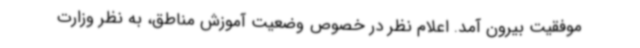
موفقیت بیرون آمد. اعلام نظر در خصوص وضعیت آموزش مناطق، به نظر وزارت